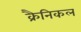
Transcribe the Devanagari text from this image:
क्रैनिकल